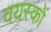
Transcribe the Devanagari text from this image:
वयस्‍कों